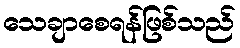
သေချာစေရန်ဖြစ်သည်